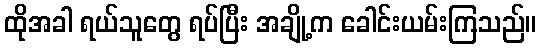
ထိုအခါ ရယ်သူတွေ ရပ်ပြီး အချို့က ခေါင်းယမ်းကြသည်။